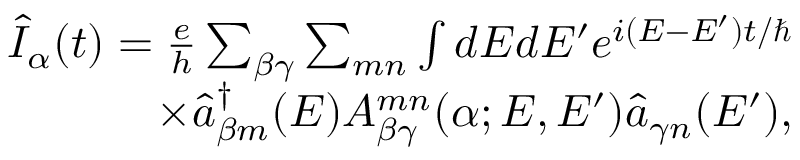
\begin{array} { r } { \hat { I } _ { \alpha } ( t ) = \frac { e } { h } \sum _ { \beta \gamma } \sum _ { m n } \int d E d E ^ { \prime } e ^ { i ( E - E ^ { \prime } ) t / \hbar } } \\ { \times \hat { a } _ { \beta m } ^ { \dagger } ( E ) A _ { \beta \gamma } ^ { m n } ( \alpha ; E , E ^ { \prime } ) \hat { a } _ { \gamma n } ( E ^ { \prime } ) , } \end{array}